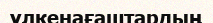
үлкенағаштардың